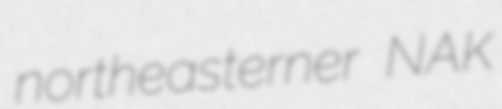
northeasterner NAK